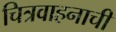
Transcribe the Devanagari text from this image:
चित्रवाहनाची